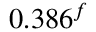
0 . 3 8 6 ^ { f }